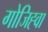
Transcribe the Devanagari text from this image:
गोजिह्वा